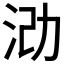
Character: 𪵶